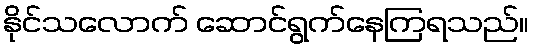
နိုင်သလောက် ဆောင်ရွက်နေကြရသည်။